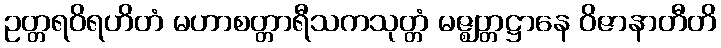
ဥတ္တရဝိရဟိတံ မဟာစတ္တာရီသကသုတ္တံ မဇ္ဈတ္တဋ္ဌာနေ ဝိဇာနာတီတိ